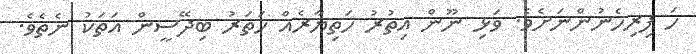
ހަ ފިރިހެނުންނަށެވެ. ވަޅި ނޫން އިތުރު ހަތިޔާރެއް ހަތަރު ބިދޭސީން އަތަކު ނެތެވެ.